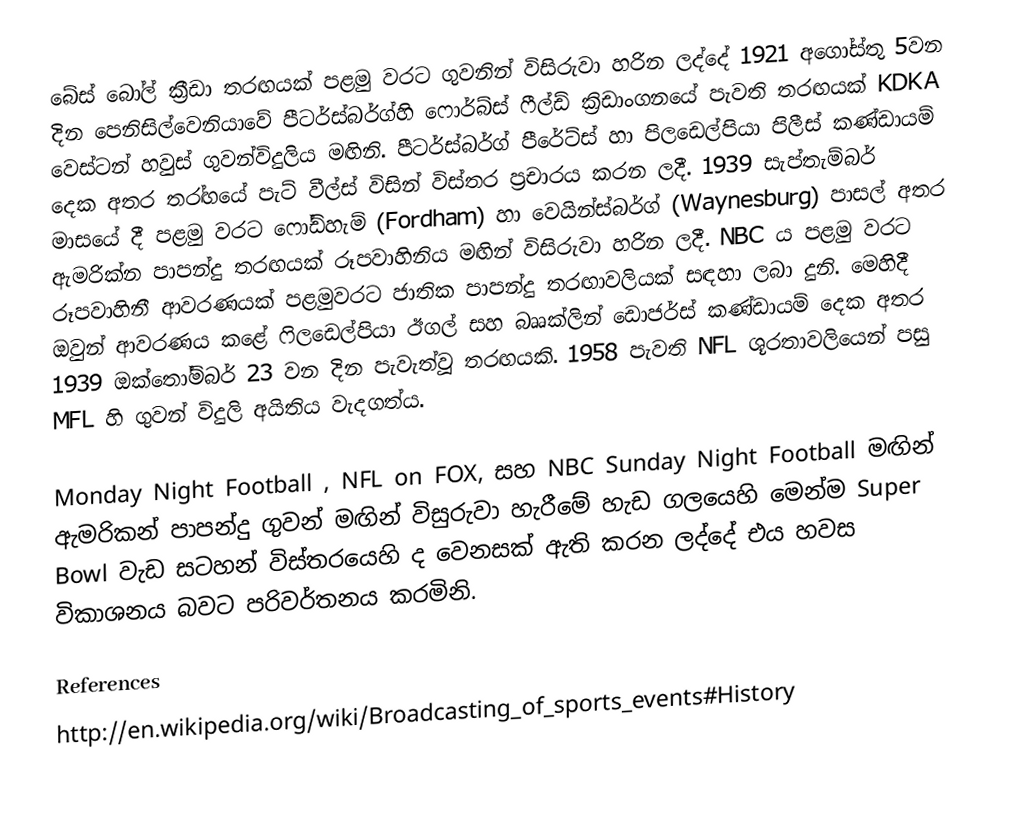
බේස් බෝල් ක්‍රීඩා තරඟයක් පළමු වරට ගුවනින් විසිරුවා හරින ලද්දේ 1921 අගෝස්තු 5වන දින පෙනිසිල්වෙනියාවේ පීටර්ස්බර්ග්හි ෆොර්බ්ස් ෆීල්ඩ් ක්‍රිඩාංගනයේ පැවති තරඟයක් KDKA වෙස්ටන් හවුස් ගුවන්විදුලිය මඟිනි. පීටර්ස්බර්ග් පීරේට්ස් හා පිලඩෙල්පියා පිලීස් කණ්ඩායම් දෙක අතර තර‍්‍ඟයේ පැට් වීල්ස් විසින් විස්තර ප්‍රචාරය කරන ලදී. 1939 සැප්තැම්බර් මාසයේ දී පළමු වරට ෆෝඩ්හැම් (Fordham) හා වෙයින්ස්බර්ග් (Waynesburg) පාසල් අතර ඇමරික්න පාපන්දු තරඟ‍යක් රූපවාහිනිය මඟින් විසිරුවා හරින ලදී. NBC ය පළමු වරට රූපවාහිනී ආවරණයක් පළමුවරට ජාතික පාපන්දු තරඟාවලියක් සඳහා ලබා දුනි. මෙහිදී ඔවුන් ආවරණය කළේ ෆිලඩෙල්පියා ඊගල් සහ බෲක්ලින් ඩොජර්ස් කණ්ඩායම් දෙක අතර 1939 ඔක්තෝම්බර් 23 වන දින පැවැත්වූ තරඟයකි. 1958 පැවති NFL  ශූරතාවලියෙන් පසු MFL හි ගුවන් විදුලි අයිතිය වැදගත්ය.

Monday Night Football , NFL on FOX, සහ NBC Sunday Night Football මඟින් ඇමරිකන් පාපන්දු ගුවන් මඟින් විසුරුවා හැරීමේ හැඩ ගලයෙහි මෙන්ම Super Bowl වැඩ සටහන් විස්තරයෙහි ද වෙනසක් ඇති කරන ලද්දේ එය හවස විකාශනය බවට පරිවර්තනය කරමිනි.

References
http://en.wikipedia.org/wiki/Broadcasting_of_sports_events#History